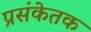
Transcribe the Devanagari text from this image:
प्रसंकेतक